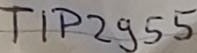
Text: TIP2955